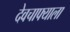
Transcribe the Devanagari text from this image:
देवचाफ्याला